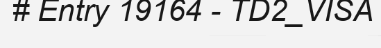
# Entry 19164 - TD2_VISA